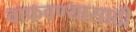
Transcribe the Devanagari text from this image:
वाफवण्यासाठी